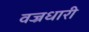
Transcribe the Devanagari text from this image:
वज्रधारी